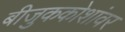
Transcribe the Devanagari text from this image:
बीजुककोशांवर